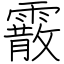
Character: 霰